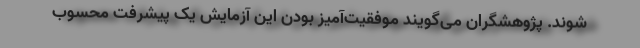
شوند. پژوهشگران می‌گویند موفقیت‌آمیز بودن این آزمایش یک پیشرفت محسوب